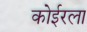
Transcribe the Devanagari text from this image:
कोईरला